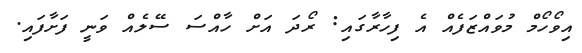
އިވޯހޯމް މުވައްޒަފެއް އެ ފިހާރާގައި: ރޯދަ އަށް ހާއްސަ ސޭލެއް ވަނީ ފަށާފައި.